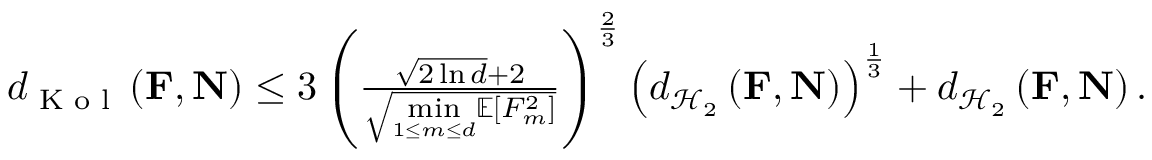
\begin{array} { r } { d _ { \textup { K o l } } \left( \mathbf { F } , \mathbf { N } \right) \leq 3 \left( \frac { \sqrt { 2 \ln d } + 2 } { \sqrt { \underset { 1 \leq m \leq d } { \operatorname* { m i n } } \mathbb { E } [ F _ { m } ^ { 2 } ] } } \right) ^ { \frac { 2 } { 3 } } \left( d _ { \mathcal { H } _ { 2 } } \left( \mathbf { F } , \mathbf { N } \right) \right) ^ { \frac { 1 } { 3 } } + d _ { \mathcal { H } _ { 2 } } \left( \mathbf { F } , \mathbf { N } \right) . } \end{array}